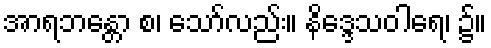
အာရဘန္တော စ၊ သော်လည်း။ နိဒ္ဒေသဝါရေ၊ ၌။